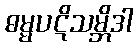
ဓမ္မပဋိသမ္ဘိဒါ